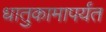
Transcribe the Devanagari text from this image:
धातुकामापर्यंत